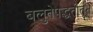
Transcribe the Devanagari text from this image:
बलुतेपद्धतीतून